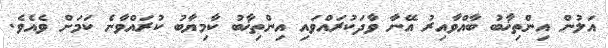
އަލުން އިންތިޚާބު ބާއްވާއިރު އޭނާ ވާދަކުރައްވައި އިންތިޚާބު ކާމިޔާބު ކުރައްވާނެ ކަމަށް ވެއެވެ.